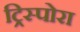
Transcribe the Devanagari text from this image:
ट्रिस्पोरा